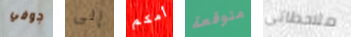
جوفي إلى أمكم متوقعة ملاحظاتي